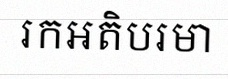
រកអតិបរមា